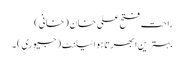
راحت فتح علی خان (خانی)
بہترین ابھرتا ہوا ٹیلنٹ (جیوری) ۔